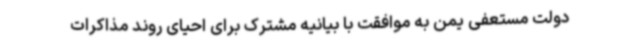
دولت مستعفی یمن به موافقت با بیانیه مشترک برای احیای روند مذاکرات